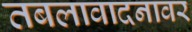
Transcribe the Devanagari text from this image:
तबलावादनावर